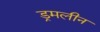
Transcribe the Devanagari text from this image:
ड्रमलीन